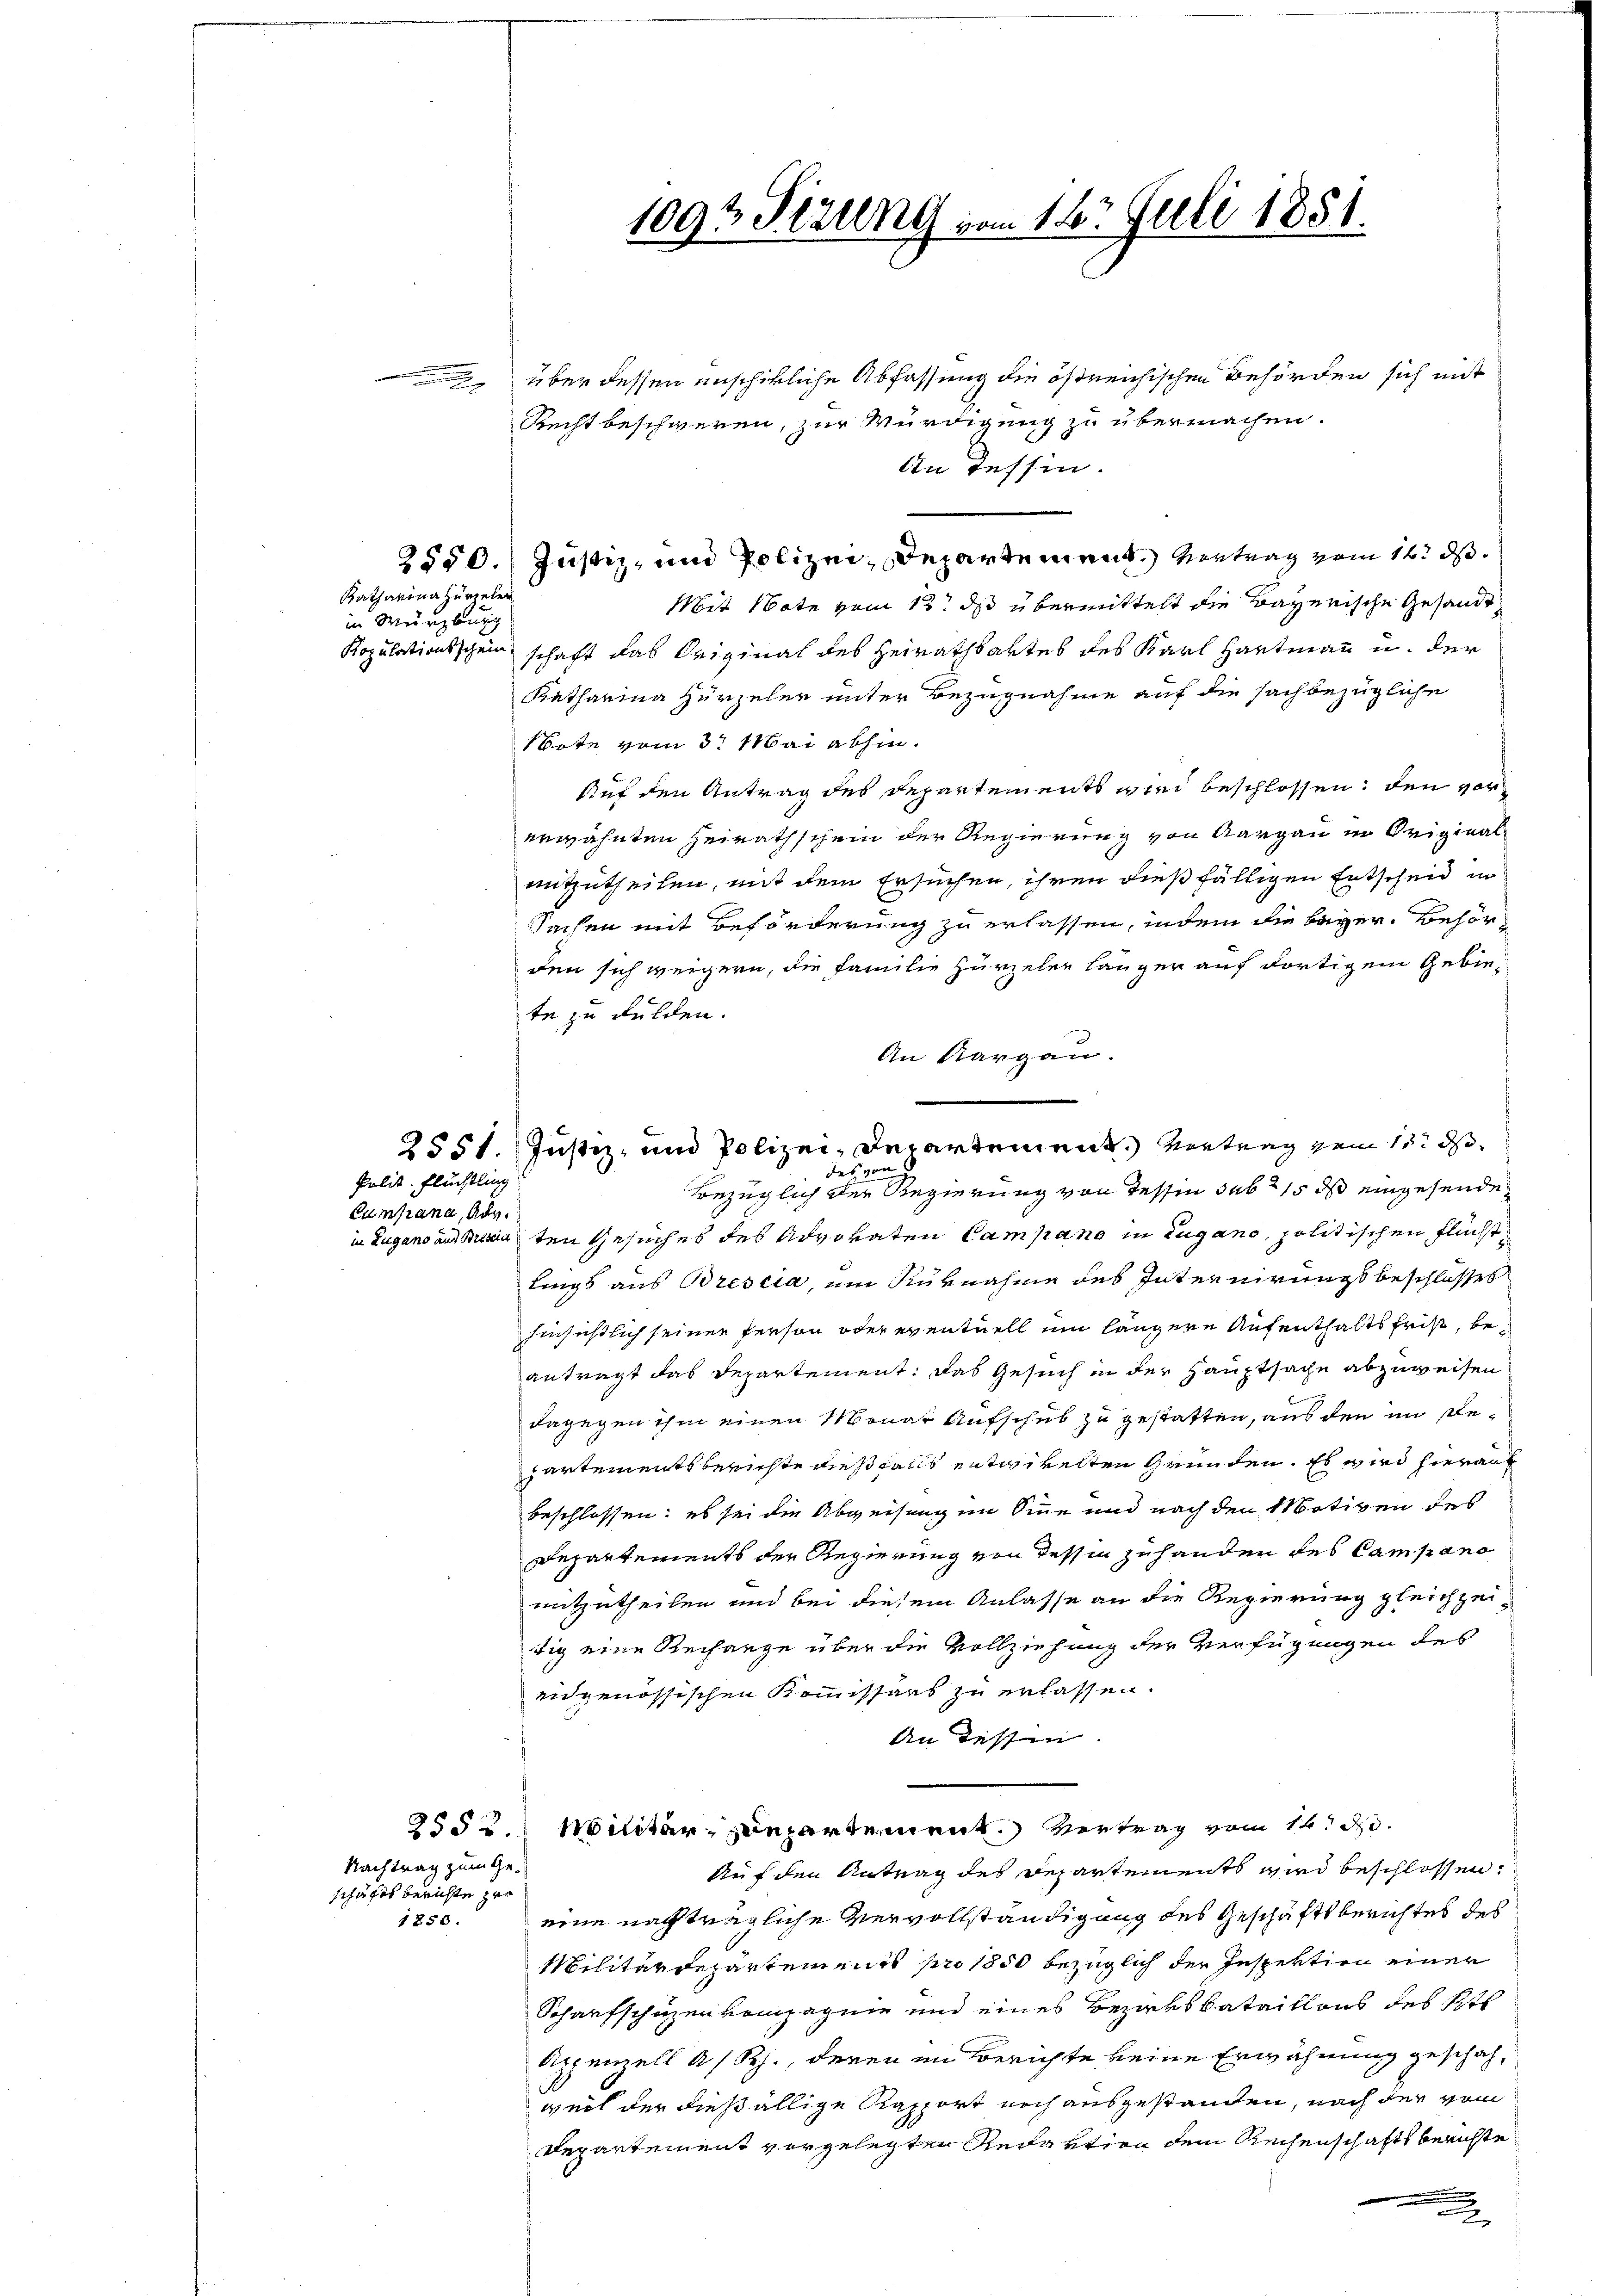
Katharina zuvieler
in Würzburg

Polit. Flüchtling

Campana, Adv.

über dessen unschikliche Abfassung die östreichischen Behörden sich mit
Recht beschweren, zur Würdigung zu übermachen.
An Tessin.
2550. Justiz, und Polizei, Departement. Antrag vom 12. d.
Mit Note vom 12t ds übermittelt die Bayerische Gesandt¬
Kopulationsschein schaft das Original des Heirathsartes des Karl Hartmann u. der
Ratharina Hirzeler unter Bezugnahme auf die sachbezügliche
Note vom 3t Mai abhin.
Auf den Antrag des Departements wird beschlossen, den vorerwähnten Heirathschein der Regierung von Aargau in Originalmitzutheilen, mit dem Ersuchen, ihren dießfälligen Entscheid in
Sachen mit Beförderung zu erlassen, indem die beyer. Behörden sich weigern, die Familie Hirzeler länger auf dortigem Gebiete zu dulden.
An Aargau.
Bezüglich der Regierung von Tessin sub 15 ds eingesende
in Zugano aus Beraten Gesuches des Advokaten Campano in Lugano, politischen Flächst
lings aus Brescia, um Ausnahme des Internirungsbeschlosses
hinsichtlich seiner Person oder eventuell ein längere Aufenthalts frist, beantragt das Departement: Das Gesuch in der Hauptsache abzuweisen
dagegen ihm einen Monat Aufschub zu gestatten, aus den im Repartementsberichte dießfalls entwivelten Gründen. Es wird hierauf
beschlossen; es sei die Abweisungen Sinne und nach den Motiven des
Repartements der Regierung von dessen zu handen des Campano
mitzutheilen und bei diesem Anlasse an die Regierung gleichzeitig eine Rechange über die Vollziehung der Verfügungen des
eidgenössischen Kommissärs zu erlassen.
An dessen
2552. Militär-Departement. Vertrag vom 14. d.
Nachtrag zum Ge-
Auf den Antrag des Departements wird beschlossen.
schäfts berichte zur
eine nachträgliche Vervollständigung des Geschäftsberichtes des
1850.
Militärdepartements pro 1850 bezüglich der Inspektion einer
Schaufschüzenkompagnie und eines Bezarbbataillons des Kts
Appenzell a/Rh., deren in Berichte keine Erwähnung geschah,
weil der dießällige Rapport noch ausgestanden, nach der vom
Departement vorgelegten Redaktion dem Rechenschaftsberichte
.

2551. Justiz- und Polizei-Departement. Vertrag zum 13. d
des von

1093 Stzung vom 16t Juli 1851.